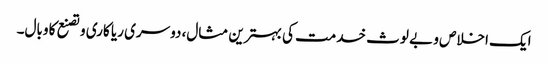
ایک اخلاص و بے لوث خدمت کی بہترین مثال، دوسری ریا کاری و تصنع کا وبال۔